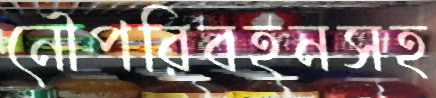
নৌপরিবহনসহ